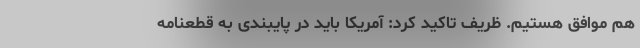
هم موافق هستیم. ظریف تاکید کرد: آمریکا باید در پایبندی به قطعنامه